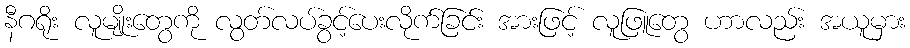
နီဂရိုး လူမျိုးတွေကို လွတ်လပ်ခွင့်ပေးလိုက်ခြင်း အားဖြင့် လူဖြူတွေ ဟာလည်း အယူမှား